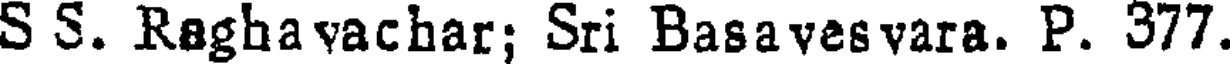
S S. Raghavachar; Sri Basavesvara. P. 377.